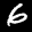
Label: 6